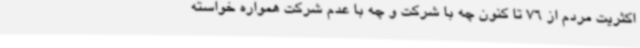
اکثریت مردم از 76 تا کنون چه با شرکت و چه با عدم شرکت همواره خواسته